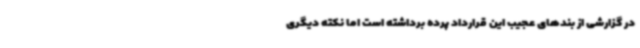
در گزارشی از بندهای عجیب این قرارداد پرده برداشته است اما نکته دیگری